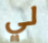
لي